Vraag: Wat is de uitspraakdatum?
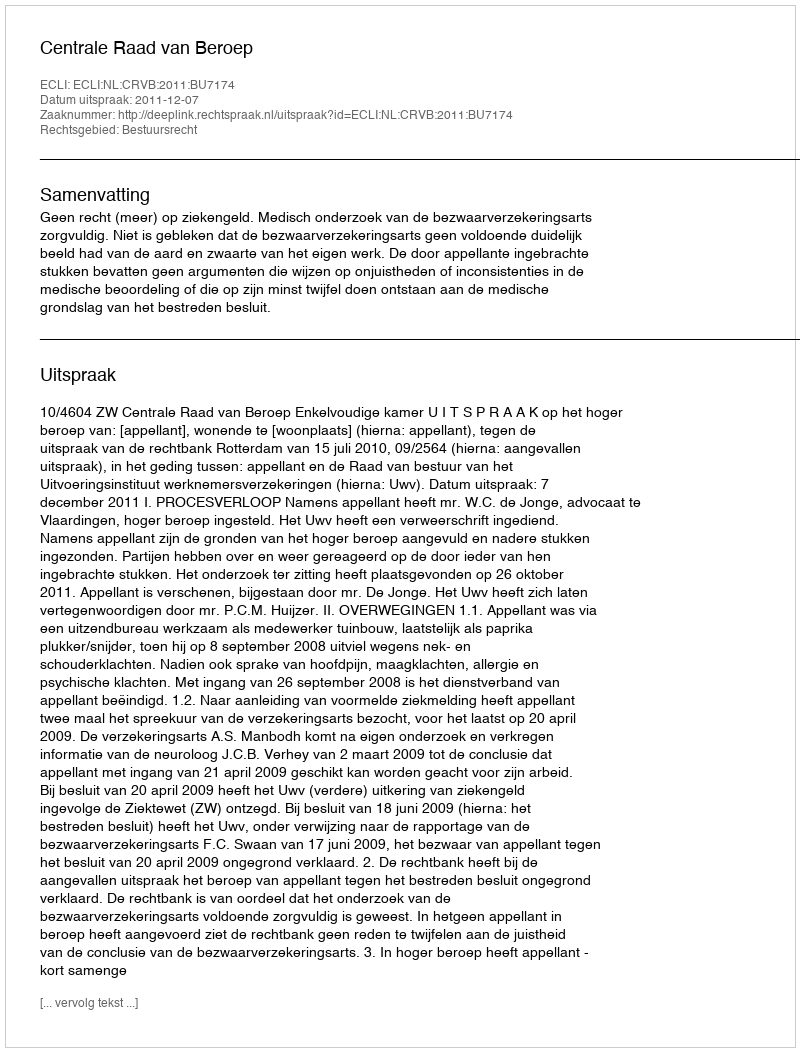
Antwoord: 2011-12-07